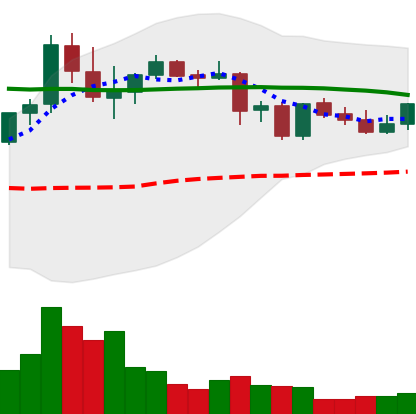
Ticker: DOGE-USD
Chart end date: 2021-09-01
Forward return: 4.879%
Label: up_3_5